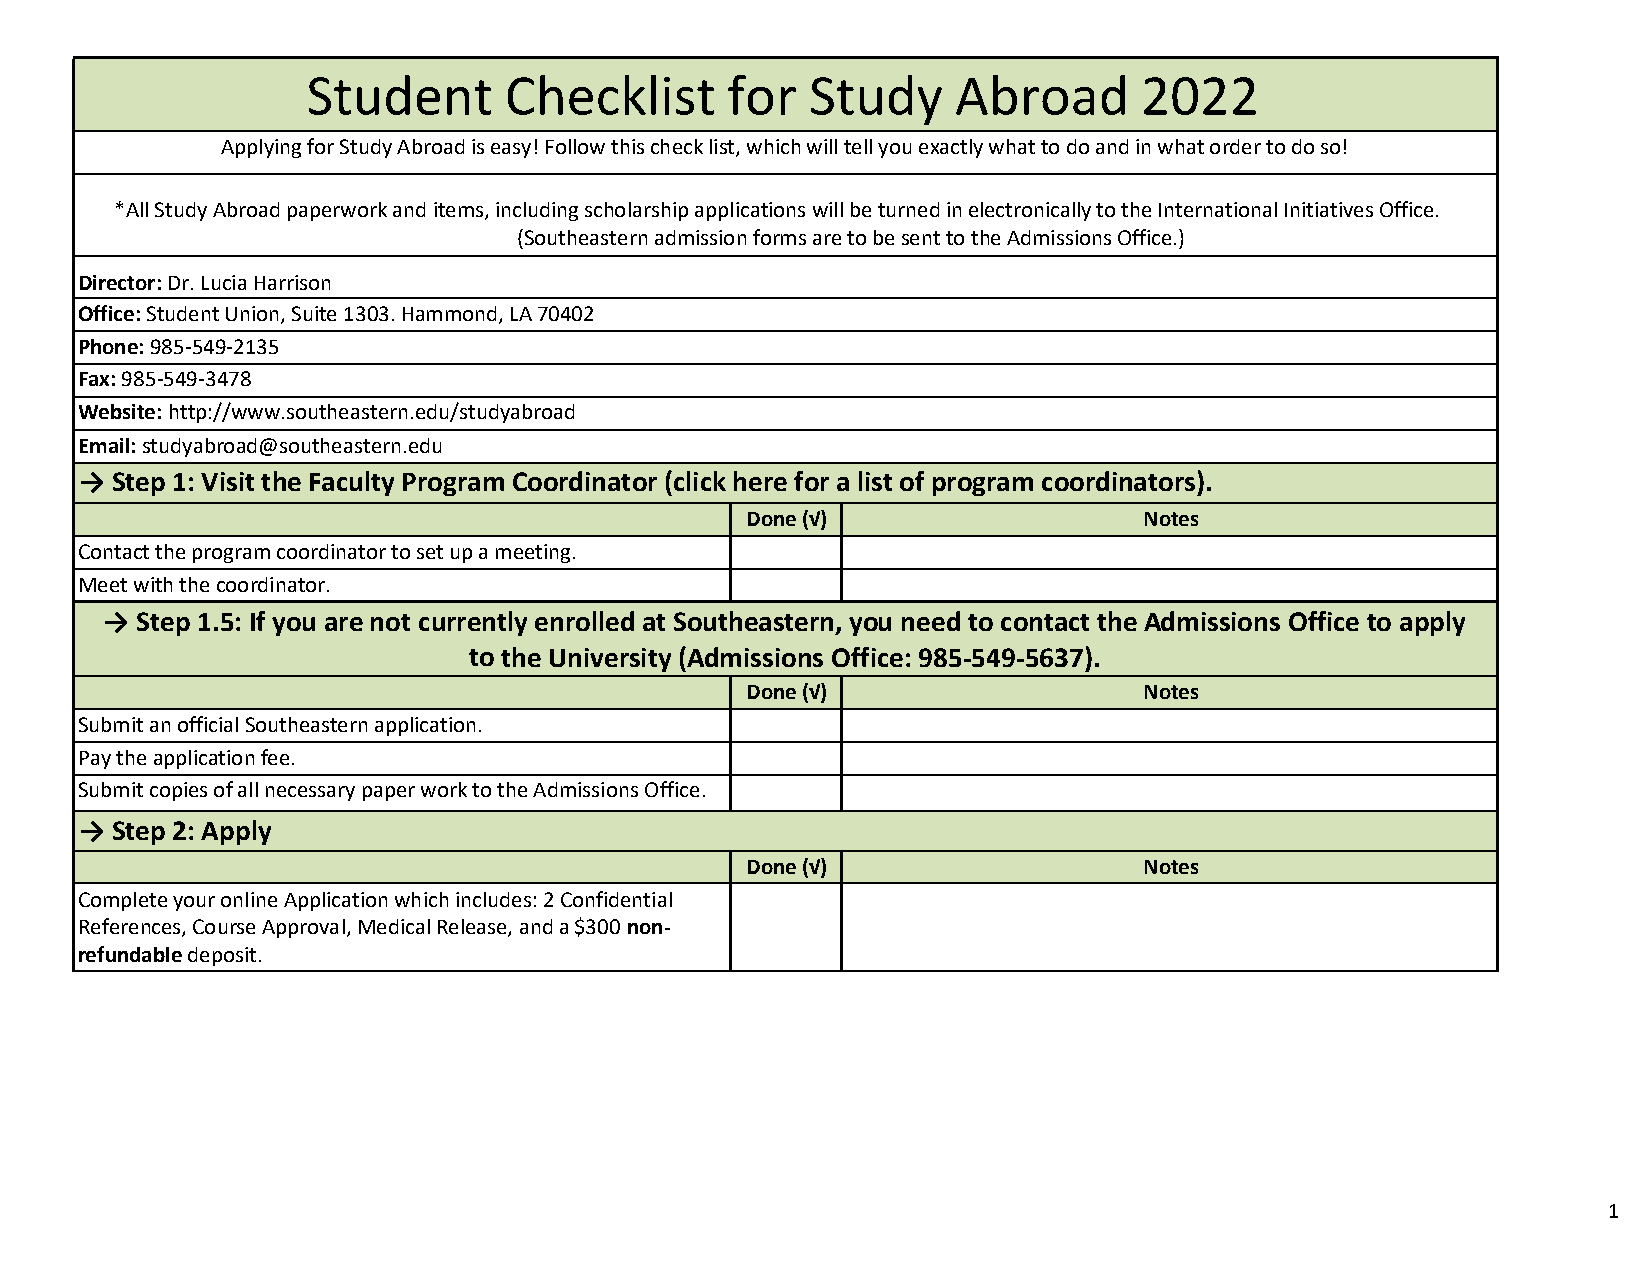
Student      Checklist      for   Study    Abroad      2022
 Applying for Study Abroad is easy! Follow this check list, which will tell you exactly what to do and in what order to do so!
 *All Study Abroad paperwork and items, including scholarship applications will be turned in electronically to the International Initiatives Office.
 (Southeastern admission forms are to be sent to the Admissions Office.)
 Director: Dr. Lucia Harrison
 Office: Student Union, Suite 1303. Hammond, LA 70402
 Phone: 985‐549‐2135
 Fax: 985‐549‐3478
 Website: http://www.southeastern.edu/studyabroad
 Email: studyabroad@southeastern.edu
 → Step 1: Visit the Faculty Program Coordinator (click here for a list of program coordinators).
 Done (√)                   Notes
 Contact the program coordinator to set up a meeting.
 Meet with the coordinator.
 → Step 1.5: If you are not currently enrolled at Southeastern, you need to contact the Admissions Office to apply
 to the University (Admissions Office: 985-549-5637).
 Done (√)                   Notes
 Submit an official Southeastern application.
 Pay the application fee.
 Submit copies of all necessary paper work to the Admissions Office.
 → Step 2: Apply
 Done (√)                   Notes
 Complete your online Application which includes: 2 Confidential
 References, Course Approval, Medical Release, and a $300 non-
 refundable deposit.
 1